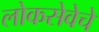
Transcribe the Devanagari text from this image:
लोकसेवेचे